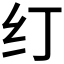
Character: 𰫼